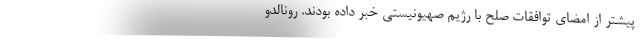
پیشتر از امضای توافقات صلح با رژیم صهیونیستی خبر داده بودند. رونالدو